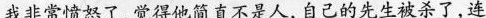
我非常愤怒了,觉得他简直不是人,自己的先生被杀了，连